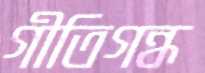
গীতিগন্ধ